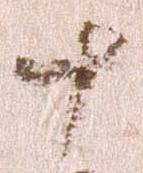
十